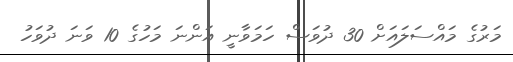
މަރުގެ މައްސަލައަށް 30 ދުވަސް ހަމަވާނީ އަންނަ މަހުގެ 10 ވަނަ ދުވަހު